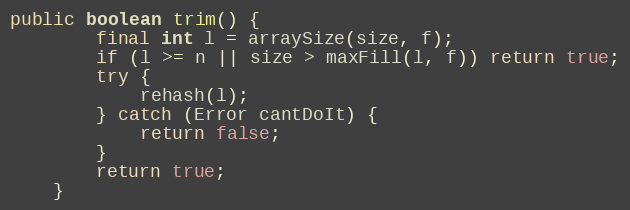
Language: Java
public boolean trim() {
        final int l = arraySize(size, f);
        if (l >= n || size > maxFill(l, f)) return true;
        try {
            rehash(l);
        } catch (Error cantDoIt) {
            return false;
        }
        return true;
    }